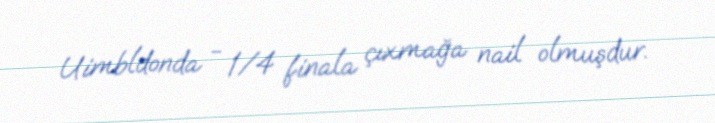
Uimbldonda - 1/4 finala çıxmağa nail olmuşdur.